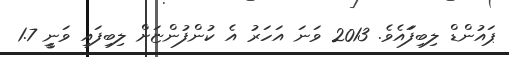
ޕައުންޑް ލިބިފަައެވެ. 2013 ވަނަ އަހަރު އެ ކުންފުންޏަށް ލިބިފައި ވަނީީ 1.7